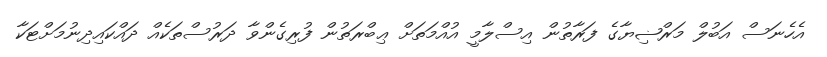
އެހެނަސް އަބުލް މަރްޟިޔާގެ ފަރާތުން އިސްލާމީ އުއްމަތަށް ޢިބްރަތުން ފުރިގެންވާ ދަރުސްތަކެއް ދައްކައިދިނުމަށްޓަކާ